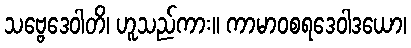
သဗ္ဗေဒေဝါတိ၊ ဟူသည်ကား။ ကာမာဝစရဒေဝါဒယော၊